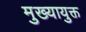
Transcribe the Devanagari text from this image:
मुख्यायुक्त